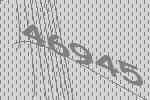
46945